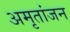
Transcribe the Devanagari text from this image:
अमृतांजन